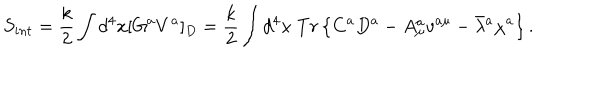
LaTeX: S _ { i n t } = \frac { k } { 2 } \int d ^ { 4 } x [ G ^ { a } V ^ { a } ] _ { D } = \frac { k } { 2 } \int d ^ { 4 } x \; T r \left\{ C ^ { a } D ^ { a } - A _ { \mu } ^ { a } v ^ { a \mu } - \bar { \lambda } { } ^ { a } \chi ^ { a } \right\} .